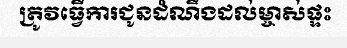
ត្រូវធ្វើការជូនដំណឹងដល់ម្ចាស់ផ្ទះ